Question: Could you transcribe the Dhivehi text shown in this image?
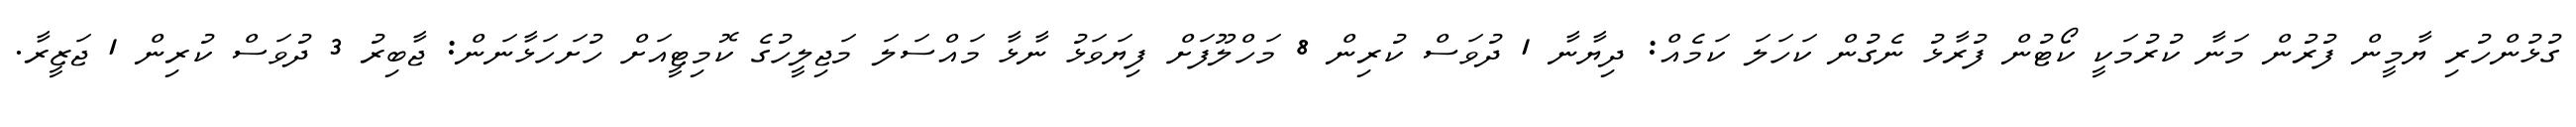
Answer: ގުޅުންހުރި ޔާމީން ފުރުން މަނާ ކުރުމަކީ ކޯޓުން ފުރާޅު ނެގުން ކަހަލަ ކަމެއް: ދިޔާނާ 1 ދުވަސް ކުރިން 8 މަހްލޫފަށް ފިޔަވަޅު ނާޅާ މައްސަލަ މަޖިލީހުގެ ކޮމިޓީއަށް ހުށަހަޅާނަން: ޖާބިރު 3 ދުވަސް ކުރިން 1 ޖަޒީރާ.